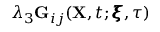
\lambda _ { 3 } \mathbf { G } _ { i j } ( \mathbf { X } , t ; \pmb { \xi } , \tau )